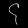
Digit: ၄